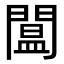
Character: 𨵷